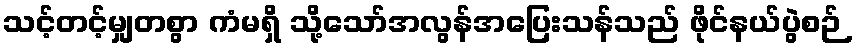
သင့်တင့်မျှတစွာ ကံမရှိ သို့သော်အလွန်အပြေးသန်သည် ဖိုင်နယ်ပွဲစဉ်